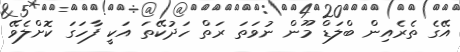
އޭގެ ތެރެއިން ބްލަޑް މޫން ނުވަތަ ރަތް ހަދުކޭތަ އަކީ ފާހަގަ ކޮށްލެވޭ